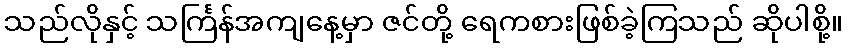
သည်လိုနှင့် သင်္ကြန်အကျနေ့မှာ ဇင်တို့ ရေကစားဖြစ်ခဲ့ကြသည် ဆိုပါစို့။